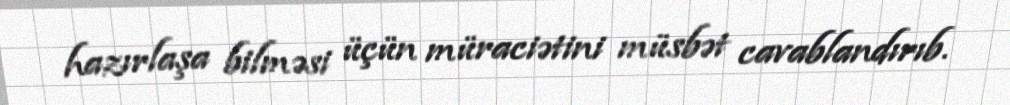
hazırlaşa bilməsi üçün müraciətini müsbət cavablandırıb.